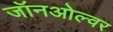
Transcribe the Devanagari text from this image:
जॉनओल्वर